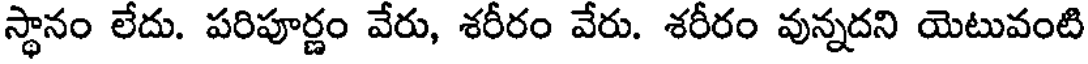
స్థానం లేదు. పరిపూర్ణం వేరు, శరీరం వేరు. శరీరం వున్నదని యెటువంటి